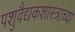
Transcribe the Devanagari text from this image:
पशुवैद्यकशास्त्राच्या